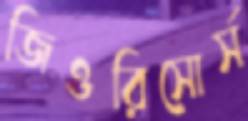
জিওরিসোর্স